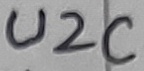
Text: U2C